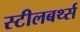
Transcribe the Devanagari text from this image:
स्टीलबर्थ्स